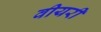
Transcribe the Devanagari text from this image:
वीयरी